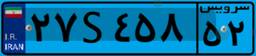
۵۵S۴۰۵۵۶